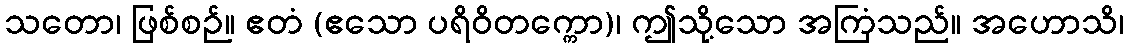
သတော၊ ဖြစ်စဉ်။ ဧတံ (ဧသော ပရိဝိတက္ကော)၊ ဤသို့သော အကြံသည်။ အဟောသိ၊